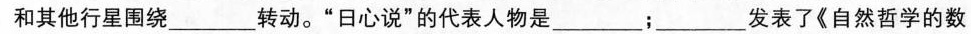
和其他行星围绕___转动。”日心说”的代表人物是____；____发表了《自然哲学的数